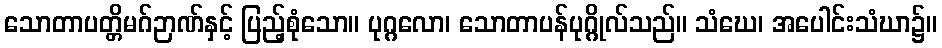
သောတာပတ္တိမဂ်ဉာဏ်နှင့် ပြည့်စုံသော။ ပုဂ္ဂလော၊ သောတာပန်ပုဂ္ဂိုလ်သည်။ သံဃေ၊ အပေါင်းသံဃာ၌။